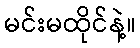
မင်းမထိုင်နဲ့။